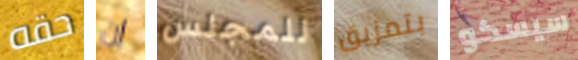
حقه إن للمجلس بتمزيق سيسكو